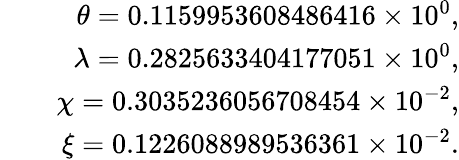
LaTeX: \begin{array}{rlr}&{}&{\theta=0.1159953608486416\times 10^{0},}\\ &{}&{\lambda=0.2825633404177051\times 10^{0},}\\ &{}&{\chi=0.3035236056708454\times 10^{-2},}\\ &{}&{\xi=0.1226088989536361\times 10^{-2}.}\end{array}